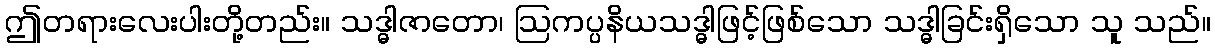
ဤတရားလေးပါးတို့တည်း။ သဒ္ဓါဇာတော၊ ဩကပ္ပနိယသဒ္ဓါဖြင့်ဖြစ်သော သဒ္ဓါခြင်းရှိသော သူ သည်။